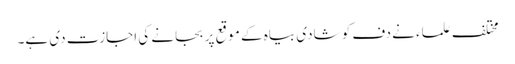
مختلف علماء نے دف کو شادی بیاہ کے موقع پر بجانے کی اجازت دی ہے۔